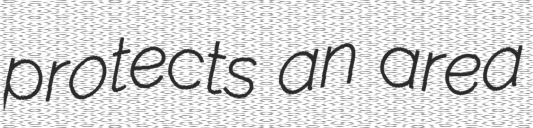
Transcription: protects an area